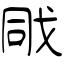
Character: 戙